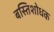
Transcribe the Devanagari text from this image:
बस्तिशोधक